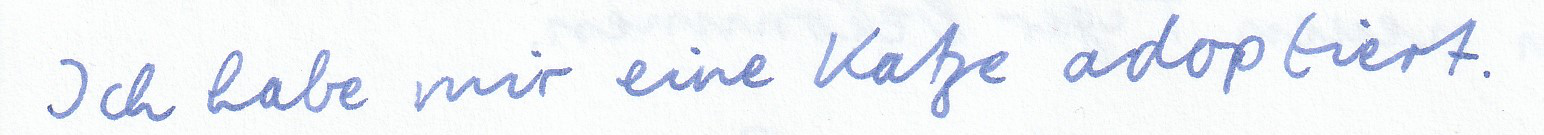
Ich habe mir eine Katze adoptiert.